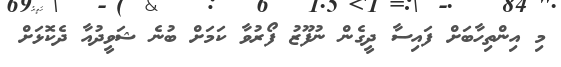
މި އިންތިހާބަށް ފައިސާ ދީގެން ނުފޫޒު ފޯރުވާ ކަމަށް ބުނެ ޝަވީދުއާ ދެކޮޅަށް